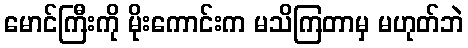
မောင်ကြီးကို မိုးကောင်းက မသိကြတာမှ မဟုတ်ဘဲ